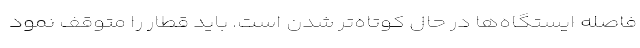
فاصله ایستگاه‌ها در حال کوتاه‌تر شدن است. باید قطار را متوقف نمود